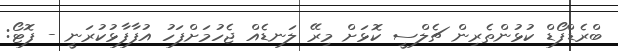
ބްރެޑްފޯޑް ކުޅުންތެރިން ޗެލްސީ ކޮޅަށް މިރޭ ލަނޑެއް ޖެހުމަށްފަހު އުފާފާޅުކުރަނީ - ފޮޓޯ: